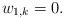
LaTeX: \begin{align*}w_{1,k}=0.\end{align*}